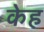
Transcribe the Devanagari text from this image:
केह